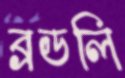
ব্রডলি